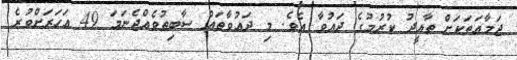
ޖަމާއަތަކަށް ތާއީދު ކުރުމުގެ ދައުވާ އެވެ. މި ދައުވާތައް ސާބިތުވެއްޖެނަމަ 49 އަހަރަށްވުރެ